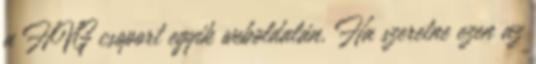
a HVG csoport egyik weboldalán. Ha szeretne ezen az